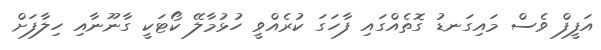
އަފީފް ވެސް މައިގަނޑު ގޮތެއްގައި ފާހަގަ ކުރެއްވީ ހުޅުމާލޭ ކޯޓަކީ ގާނޫނާއި ހިލާފަށް